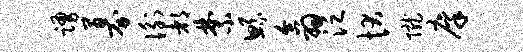
踊募衡都禁鲧翕泛状陇廪